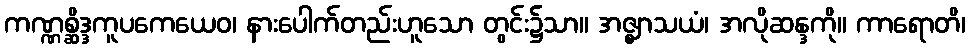
ကဏ္ဏစ္ဆိဒ္ဒကူပကေယေဝ၊ နားပေါက်တည်းဟူသော တွင်း၌သာ။ အဇ္ဈာသယံ၊ အလိုဆန္ဒကို။ ကာရောတိ၊